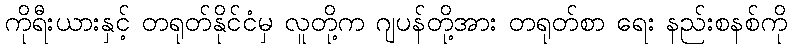
ကိုရီးယားနှင့် တရုတ်နိုင်ငံမှ လူတို့က ဂျပန်တို့အား တရုတ်စာ ရေး နည်းစနစ်ကို